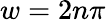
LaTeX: w=2n\pi